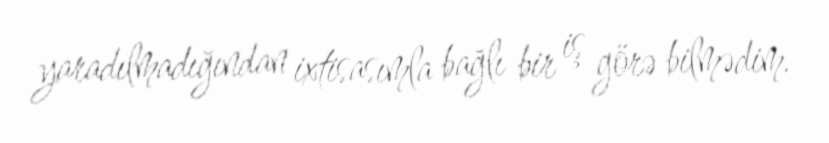
yaradılmadığından ixtisasımla bağlı bir iş görə bilmədim.